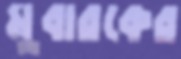
মুবারকের